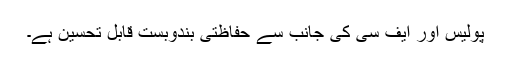
پولیس اور ایف سی کی جانب سے حفاظتی بندوبست قابل تحسین ہے۔